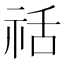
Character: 䄆